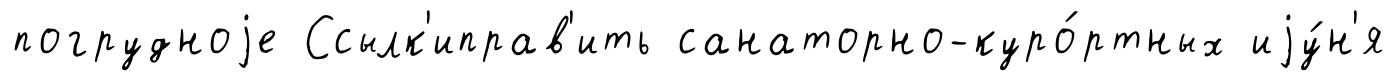
погрудноjе Ссылк'иправ'ить санаторно-куро́ртных иjу́н'я